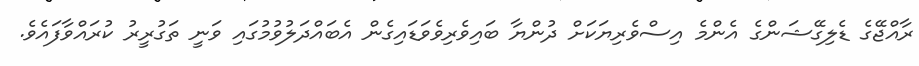
ރާއްޖޭގެ ޑެލިގޭޝަންގެ އެންމެ އިސްވެރިޔަކަށް ދުންޔާ ބައިވެރިވެވަޑައިގެން އެބައްދަލުވުމުގައި ވަނީ ތަގުރީރު ކުރައްވާފައެވެ.